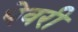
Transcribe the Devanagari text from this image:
पेवरी